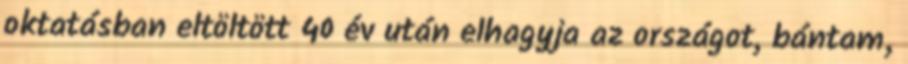
oktatásban eltöltött 40 év után elhagyja az országot, bántam,